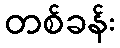
တစ်ခန်း